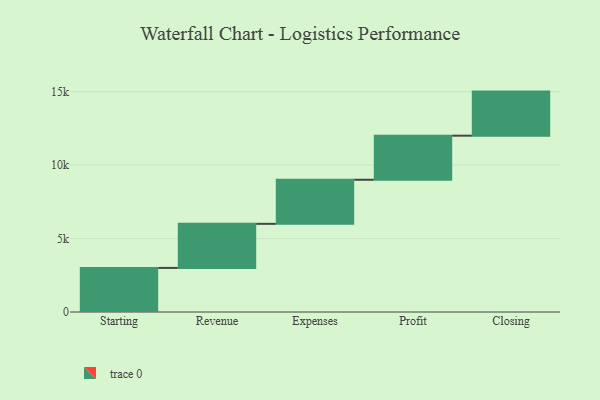
{"axis": {"x": "Step", "y": "Value"}, "legend": [""], "data": [{"x": "Starting", "y": 3000, "type": ""}, {"x": "Revenue", "y": 3000, "type": ""}, {"x": "Expenses", "y": 3000, "type": ""}, {"x": "Profit", "y": 3000, "type": ""}, {"x": "Closing", "y": 3000, "type": ""}]}